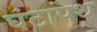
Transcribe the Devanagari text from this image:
घंटापथ